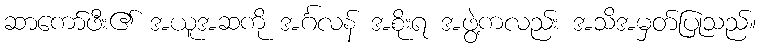
ဆာကော်ဖီး၏ အယူအဆကို အင်္ဂလန် အစိုးရ အဖွဲ့ကလည်း အသိအမှတ်ပြုသည်။